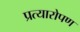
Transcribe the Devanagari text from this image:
प्रत्‍यारोपण